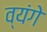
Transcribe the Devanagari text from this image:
व्यंगे